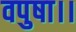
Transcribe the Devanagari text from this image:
वपुषा।।